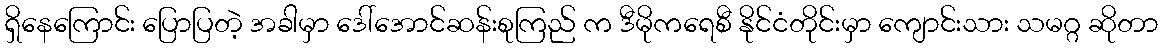
ရှိနေကြောင်း ပြောပြတဲ့ အခါမှာ ဒေါ်အောင်ဆန်းစုကြည် က ဒီမိုကရေစီ နိုင်ငံတိုင်းမှာ ကျောင်းသား သမဂ္ဂ ဆိုတာ